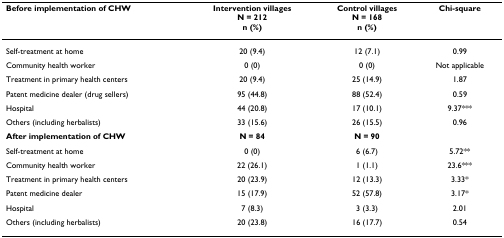
| Before implementation of CHW | Intervention villagesN = 212n (%) | Control villagesN = 168n (%) | Chi-square |
 | --- | --- | --- | --- |
 | Self-treatment at home | 20 (9.4) | 12 (7.1) | 0.99 |
 | Community health worker | 0 (0) | 0 (0) | Not applicable |
 | Treatment in primary health centers | 20 (9.4) | 25 (14.9) | 1.87 |
 | Patent medicine dealer (drug sellers) | 95 (44.8) | 88 (52.4) | 0.59 |
 | Hospital | 44 (20.8) | 17 (10.1) | 9.37*** |
 | Others (including herbalists) | 33 (15.6) | 26 (15.5) | 0.96 |
 | After implementation of CHW | N = 84 | N = 90 |  |
 | Self-treatment at home | 0 (0) | 6 (6.7) | 5.72** |
 | Community health worker | 22 (26.1) | 1 (1.1) | 23.6*** |
 | Treatment in primary health centers | 20 (23.9) | 12 (13.3) | 3.33* |
 | Patent medicine dealer | 15 (17.9) | 52 (57.8) | 3.17* |
 | Hospital | 7 (8.3) | 3 (3.3) | 2.01 |
 | Others (including herbalists) | 20 (23.8) | 16 (17.7) | 0.54 |